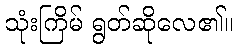
သုံးကြိမ် ရွတ်ဆိုလေ၏။